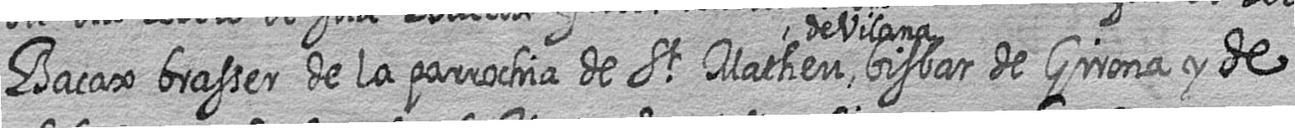
Bacax brasser de la parrochia de St Matheu de Vilana bisbat de Girona y de